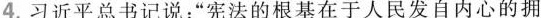
4.习近平总书记说：”宪法的根基在于人民发自内心的拥